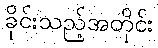
ခိုင်းသည့်အတိုင်း